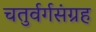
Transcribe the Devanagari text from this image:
चतुर्वर्गसंग्रह